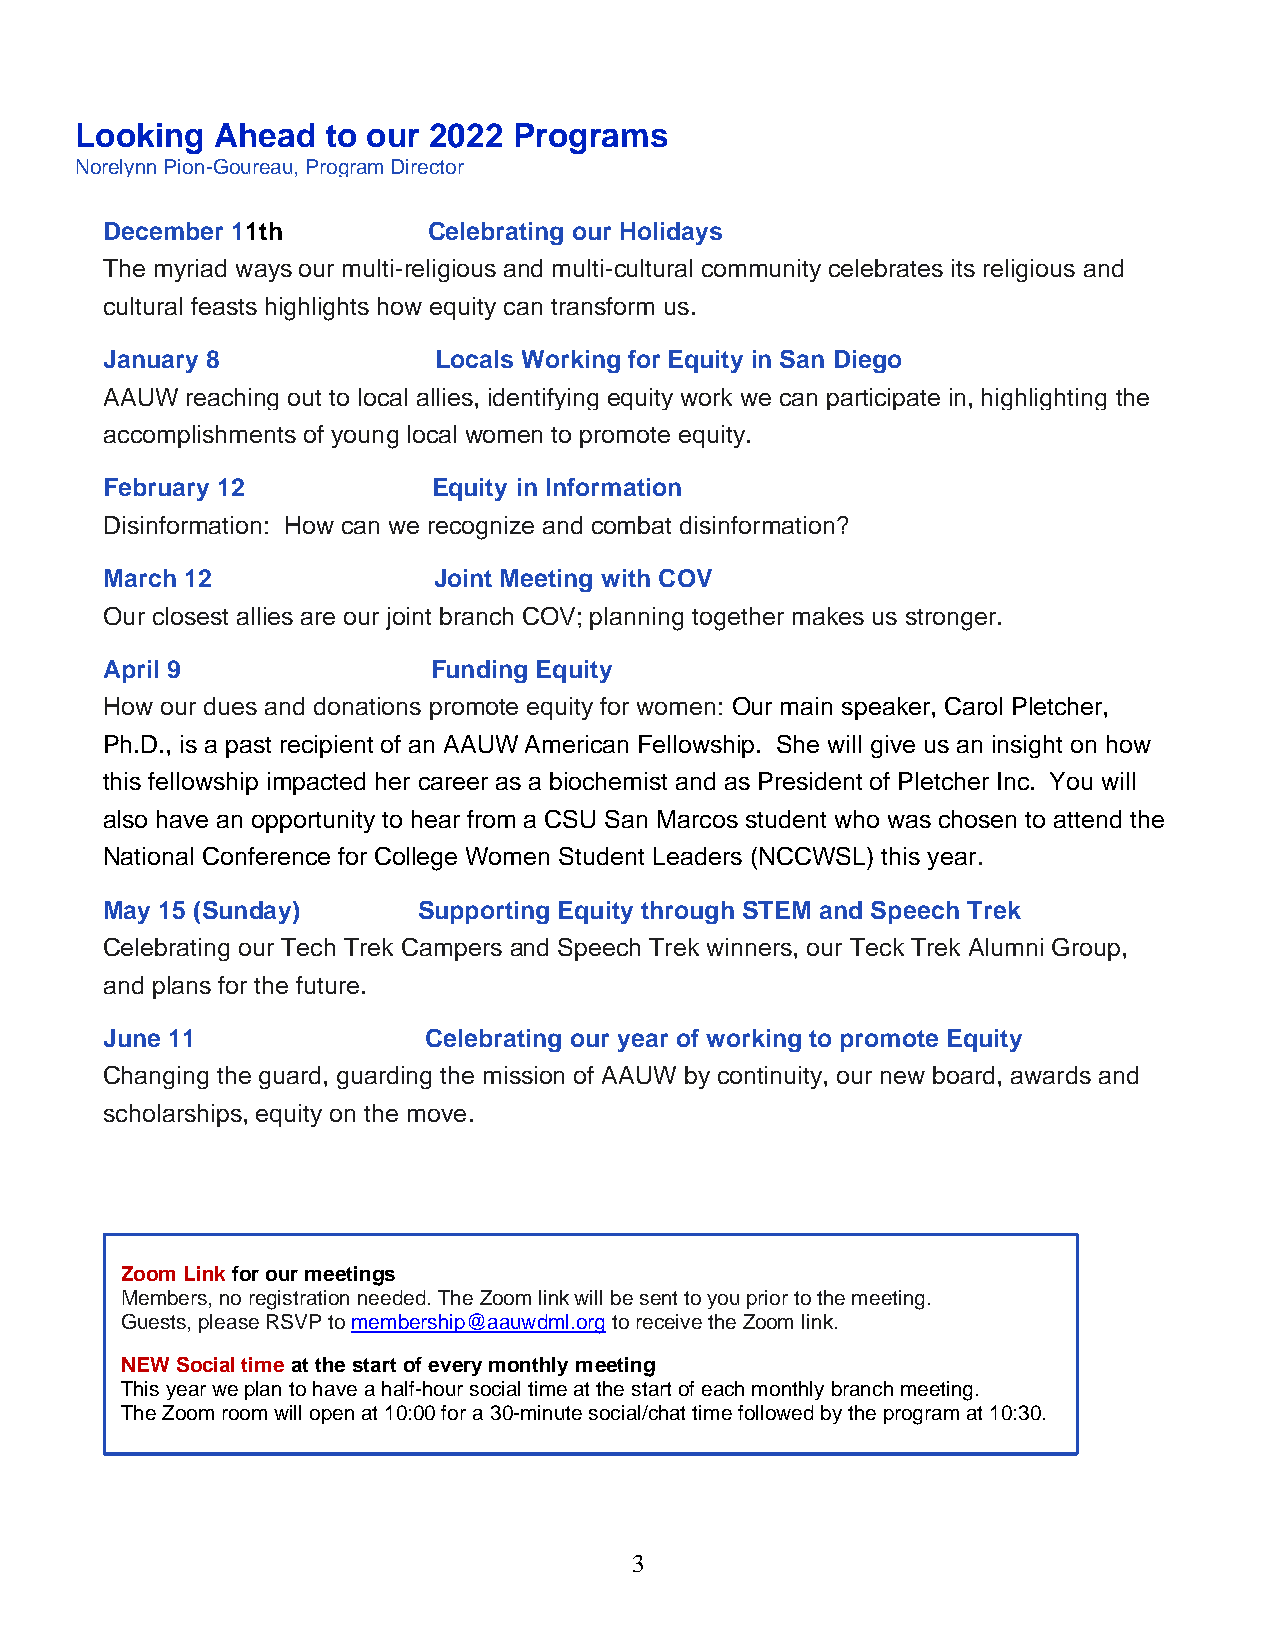
Looking  Ahead   to our 2022 Programs
 Norelynn Pion-Goureau, Program Director
 December 11th        Celebrating our Holidays
 The myriad ways our multi-religious and multi-cultural community celebrates its religious and
 cultural feasts highlights how equity can transform us.
 January 8             Locals Working for Equity in San Diego
 AAUW reaching out to local allies, identifying equity work we can participate in, highlighting the
 accomplishments of young local women to promote equity.
 February 12           Equity in Information
 Disinformation: How can we recognize and combat disinformation?
 March 12              Joint Meeting with COV
 Our closest allies are our joint branch COV; planning together makes us stronger.
 April 9               Funding Equity
 How our dues and donations promote equity for women: Our main speaker, Carol Pletcher,
 Ph.D., is a past recipient of an AAUW American Fellowship. She will give us an insight on how
 this fellowship impacted her career as a biochemist and as President of Pletcher Inc. You will
 also have an opportunity to hear from a CSU San Marcos student who was chosen to attend the
 National Conference for College Women Student Leaders (NCCWSL) this year.
 May 15 (Sunday)      Supporting Equity through STEM and Speech Trek
 Celebrating our Tech Trek Campers and Speech Trek winners, our Teck Trek Alumni Group,
 and plans for the future.
 June 11              Celebrating our year of working to promote Equity
 Changing the guard, guarding the mission of AAUW by continuity, our new board, awards and
 scholarships, equity on the move.
 Zoom Link for our meetings
 Members, no registration needed. The Zoom link will be sent to you prior to the meeting.
 Guests, please RSVP to membership@aauwdml.org to receive the Zoom link.
 NEW Social time at the start of every monthly meeting
 This year we plan to have a half-hour social time at the start of each monthly branch meeting.
 The Zoom room will open at 10:00 for a 30-minute social/chat time followed by the program at 10:30.
 3